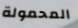
المحمولة